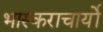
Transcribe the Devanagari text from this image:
भास्कराचार्यो